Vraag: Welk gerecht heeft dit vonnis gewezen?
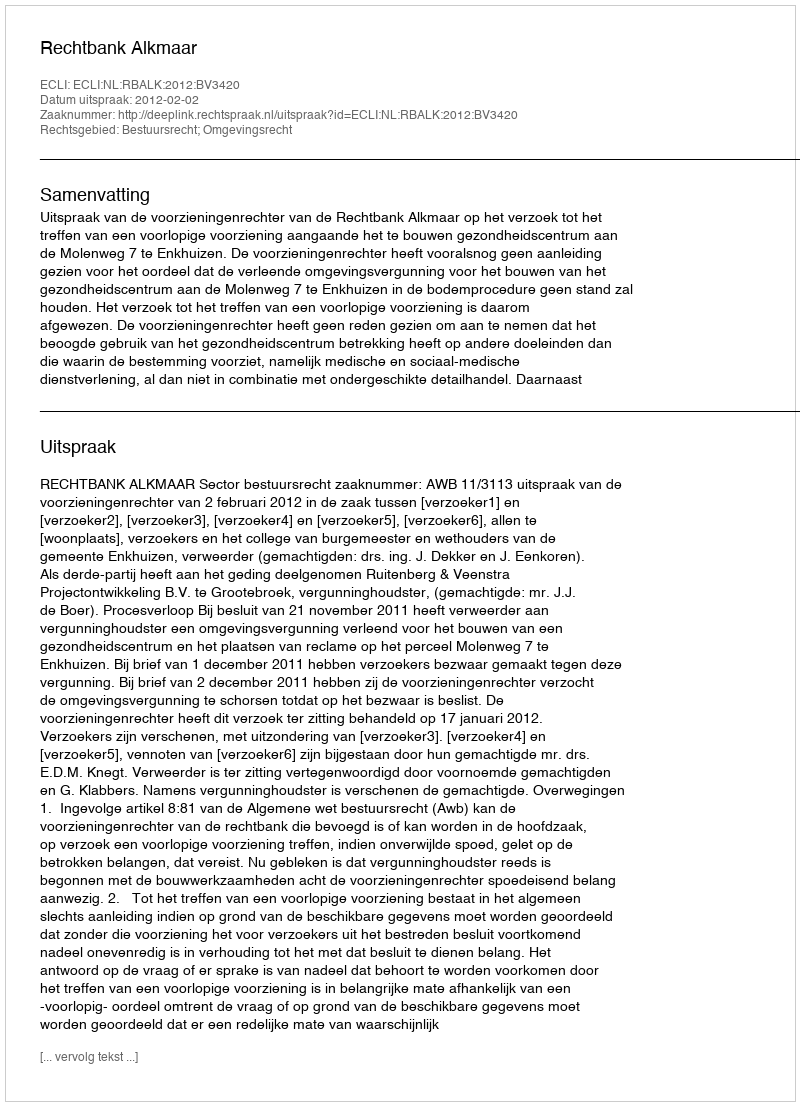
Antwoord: Rechtbank Alkmaar